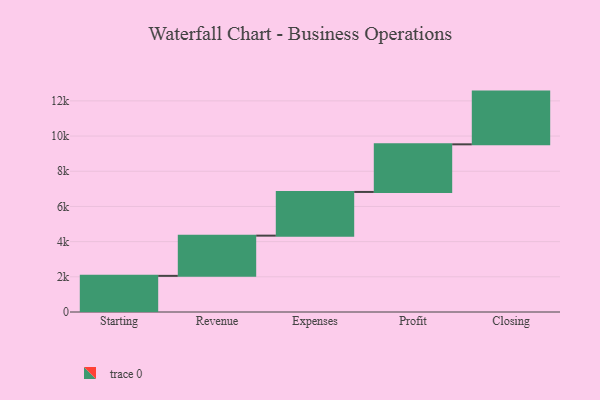
{"axis": {"x": "Step", "y": "Value"}, "legend": [""], "data": [{"x": "Starting", "y": 2054.0, "type": ""}, {"x": "Revenue", "y": 2286.0, "type": ""}, {"x": "Expenses", "y": 2484.0, "type": ""}, {"x": "Profit", "y": 2706.0, "type": ""}, {"x": "Closing", "y": 2997.0, "type": ""}]}